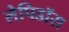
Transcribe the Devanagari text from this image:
लेपिडॉस